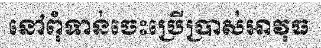
នៅពុំទាន់ចេះប្រើប្រាស់អាវុធ